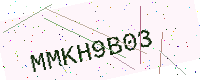
Text: MMKH9B03